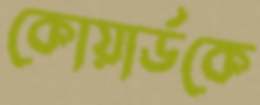
কোয়ার্ডকে